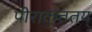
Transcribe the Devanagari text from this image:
पीराकुत्ततय्